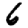
Digit: 6